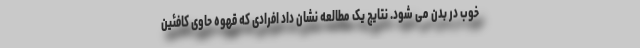
خوب در بدن می شود. نتایج یک مطالعه نشان داد افرادی که قهوه حاوی کافئین